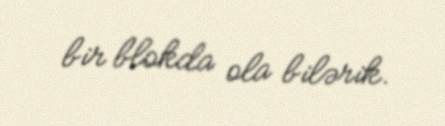
bir blokda ola bilərik.